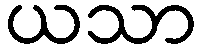
ယသာ